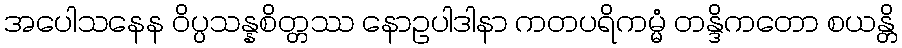
အပေါသနေန ဝိပ္ပသန္နစိတ္တဿ နောဥပါဒါနာ ကတပရိကမ္မံ တန္ဒိကတော စယန္တိ